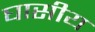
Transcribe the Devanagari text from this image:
घासीय